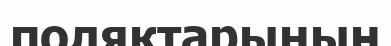
поляктарының